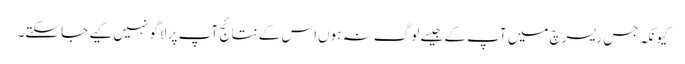
کیونکہ جس ریسرچ میں‌ آپ کے جیسے لوگ نہ ہوں‌اس کے نتائج آپ پر لاگو نہیں‌کیے جا سکتے۔